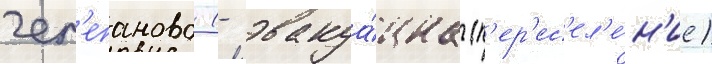
чер'епаново (- эвакуа́циа (п'ер'ес'ел'е́н'ие)